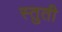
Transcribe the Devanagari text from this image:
स्‍तुती